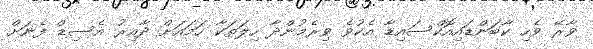
ވާރޭ ވެހި ކާބަންޑައިއޮކްސައިޑާ އެކުވެ ވިރެމުންދާ ހިލަތަކާ ހަަަމައަށް ދާއިރު އެސިޑް ފެނަށް